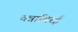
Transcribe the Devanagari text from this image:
वन्नाथिरई